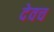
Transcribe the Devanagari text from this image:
देवच